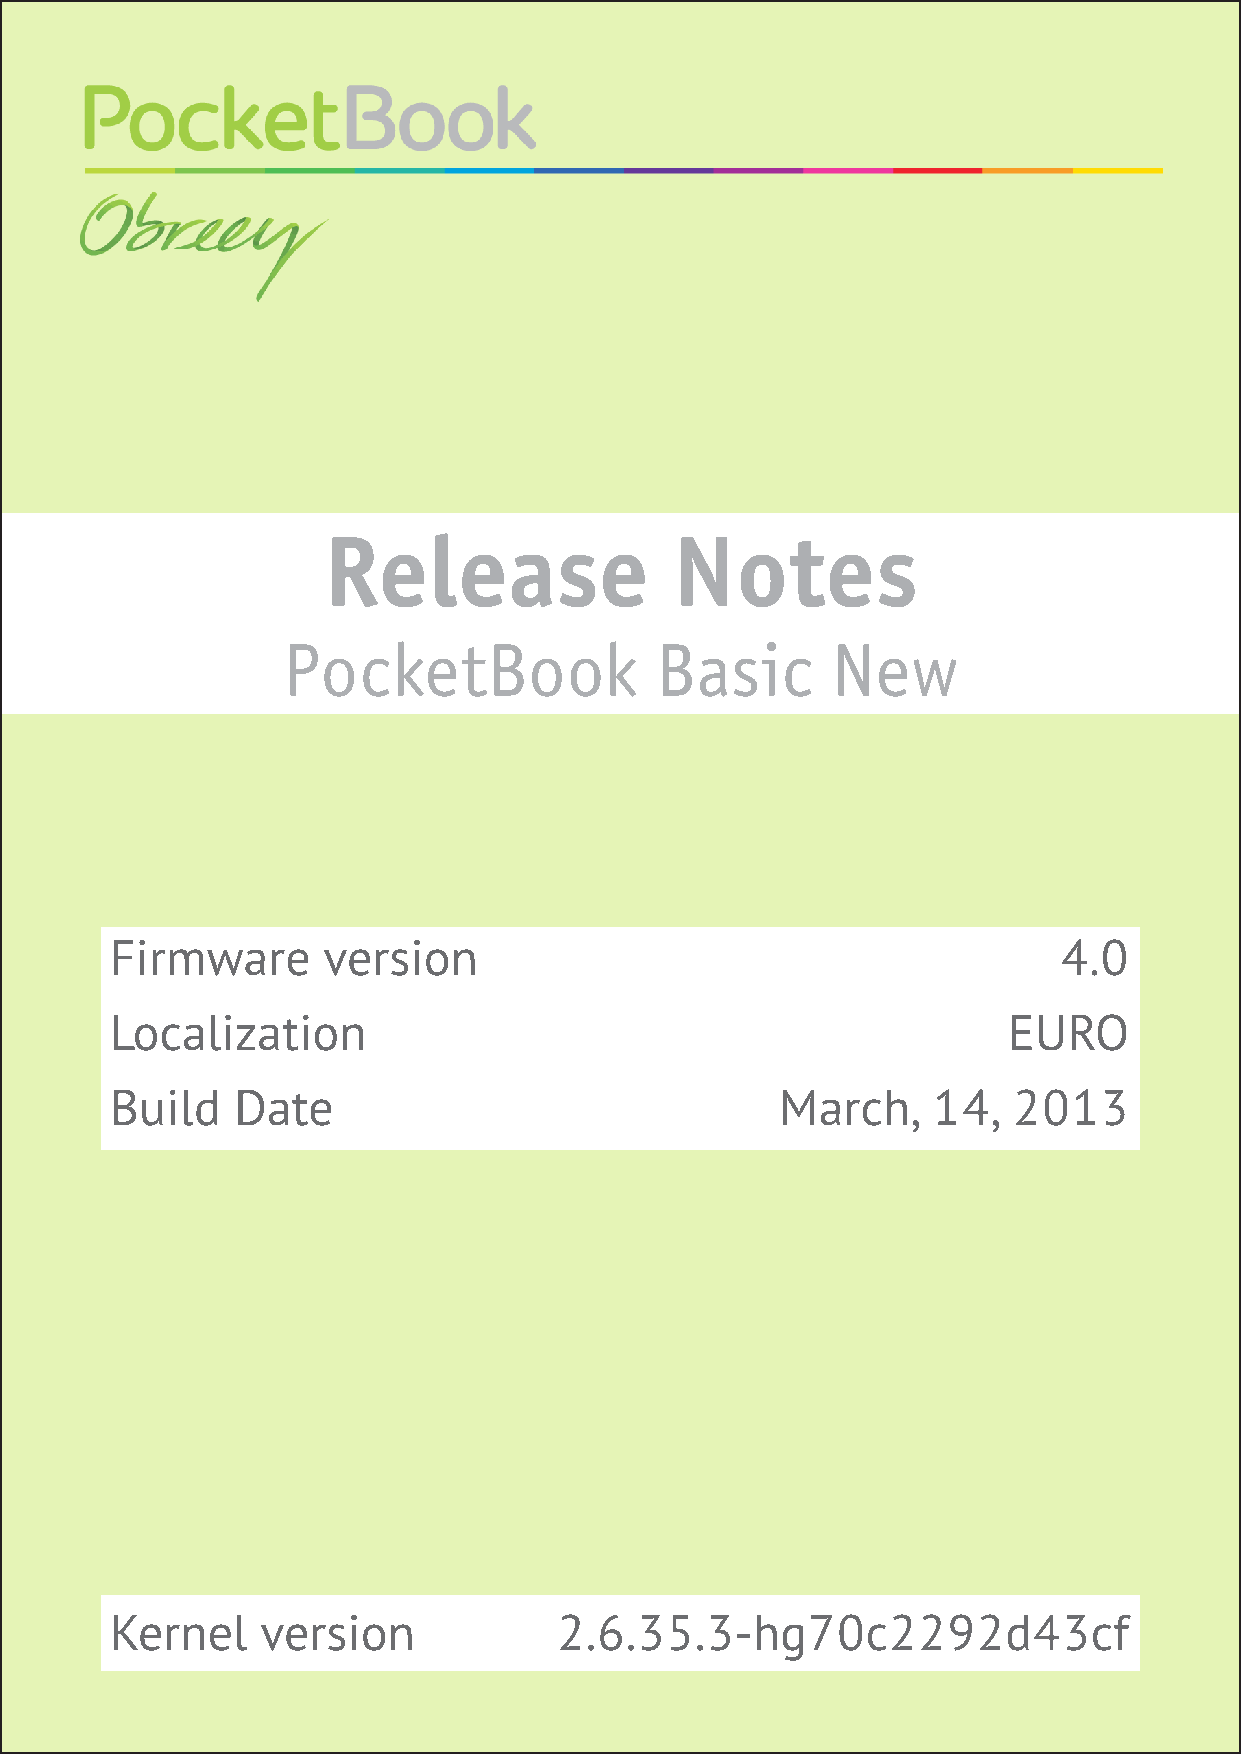
Release                Notes
 PocketBook              Basic       New
 Firmware      version                                          4.0
 Localization                                                EURO
 Build   Date                                 March,    14,  2013
 Kernel    version             2.6.35.3-hg70c2292d43cf